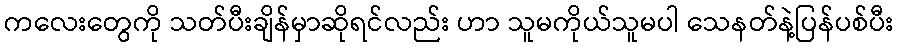
ကလေးတွေကို သတ်ပီးချိန်မှာဆိုရင်လည်း ဟာ သူမကိုယ်သူမပါ သေနတ်နဲ့ပြန်ပစ်ပီး